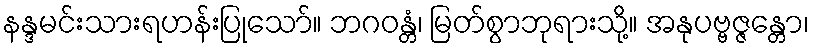
နန္ဒမင်းသားရဟန်းပြုသော်။ ဘဂဝန္တံ၊ မြတ်စွာဘုရားသို့။ အနုပဗ္ဗဇ္ဇန္တော၊